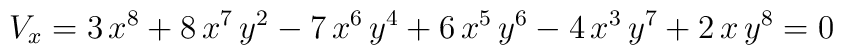
V_x = 3\,{x^8} + 8\,{x^7}\,{y^2} - 7\,{x^6}\,{y^4} + 6\,{x^5}\,{y^6} -   4\,{x^3}\,{y^7} + 2\,x\,{y^8} = 0